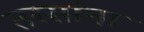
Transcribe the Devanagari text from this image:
तरसांना